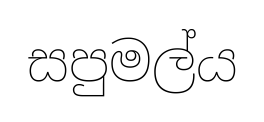
සපුමල්ය